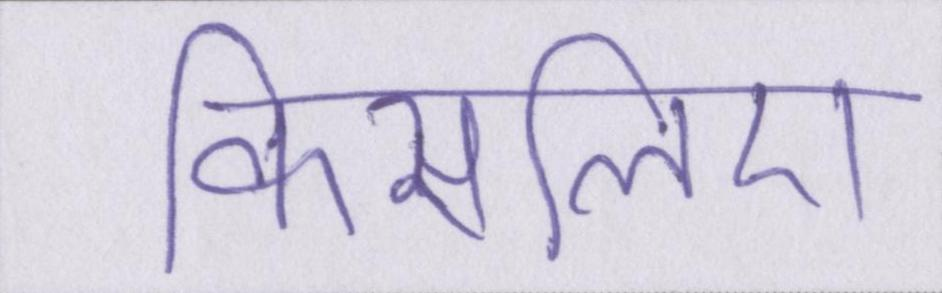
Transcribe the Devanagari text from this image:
किसलिए